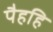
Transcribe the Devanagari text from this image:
पैहहि